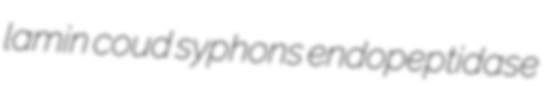
lamin coud syphons endopeptidase